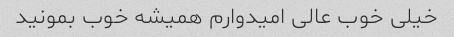
خیلی خوب عالی امیدوارم همیشه خوب بمونید